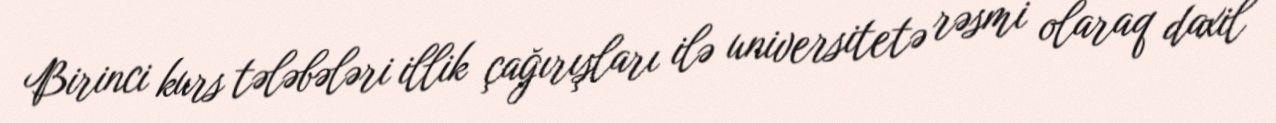
Birinci kurs tələbələri illik çağırışları ilə universitetə rəsmi olaraq daxil